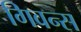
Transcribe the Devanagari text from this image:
गिवन्स